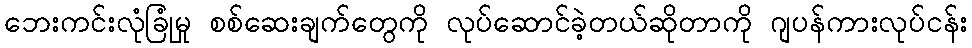
ဘေးကင်းလုံခြုံမှု စစ်ဆေးချက်တွေကို လုပ်ဆောင်ခဲ့တယ်ဆိုတာကို ဂျပန်ကားလုပ်ငန်း